Vaccination North-Western Provinces and Oudh 1896-1901 - 1896-1901
Year: 1896
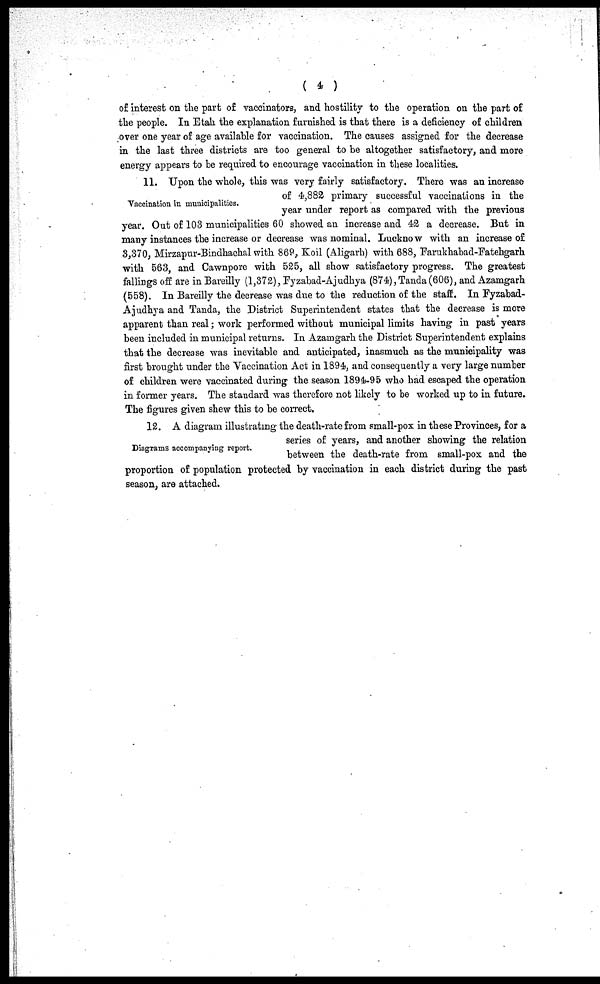
( 4 )
Vaccination in municipalities.
of interest on the part of vaccinators, and hostility to the operation on the part of
the people. In Etah the explanation furnished is that there is a deficiency of children
over one year of age available for vaccination. The causes assigned for the decrease
in the last three districts are too general to be altogether satisfactory, and more
energy appears to be required to encourage vaccination in these localities.
11. Upon the whole, this was very fairly satisfactory. There was an increase
of 4,882 primary successful vaccinations in the
year under report as compared with the previous
year. Out of 103 municipalities 60 showed an increase and 42 a decrease. But in
many instances the increase or decrease was nominal. Lucknow with an increase of
3,370, Mirzapur-Bindhachal with 869, Koil (Aligarh) with 688, Farukhabad-Fatehgarh
with 563, and Cawnpore with 525, all show satisfactory progress. The greatest
fallings off are in Bareilly (1,372), Fyzabad-Ajudhya (874),Tanda(606), and Azamgarh
(558). In Bareilly the decrease was due to the reduction of the staff. In Fyzabad-
Ajudhya and Tanda, the District Superintendent states that the decrease is more
apparent than real; work performed without municipal limits having in past years
been included in municipal returns. In Azamgarh the District Superintendent explains
that the decrease was inevitable and anticipated, inasmuch as the municipality was
first brought under the Vaccination Act in 1894, and consequently a very large number
of children were vaccinated during the season 1894-95 who had escaped the operation
in former years. The standard was therefore not likely to be worked up to in future.
The figures given shew this to be correct.
Diagrams accompanying report.
12. A diagram illustrating the death-rate from small-pox in these Provinces, for a
series of years, and another showing the relation
between the death-rate from small-pox and the
proportion of population protected by vaccination in each district during the past
season, are attached.